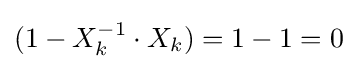
(1-X_{k}^{-1}\cdot X_{k})=1-1=0